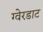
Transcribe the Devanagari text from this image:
ग्वेरडाट